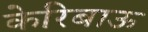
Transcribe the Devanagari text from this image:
केरिबाऊ